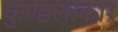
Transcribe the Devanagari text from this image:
कुण्डलाकार